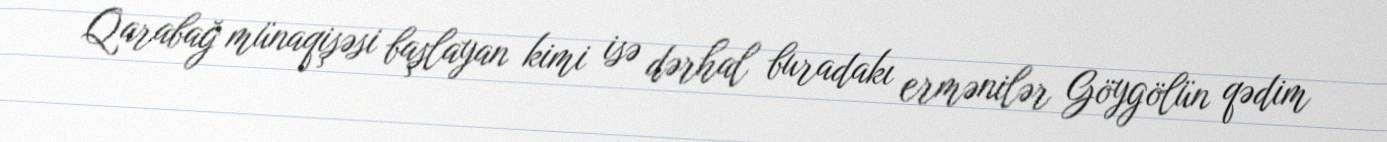
Qarabağ münaqişəsi başlayan kimi isə dərhal buradakı ermənilər Göygölün qədim